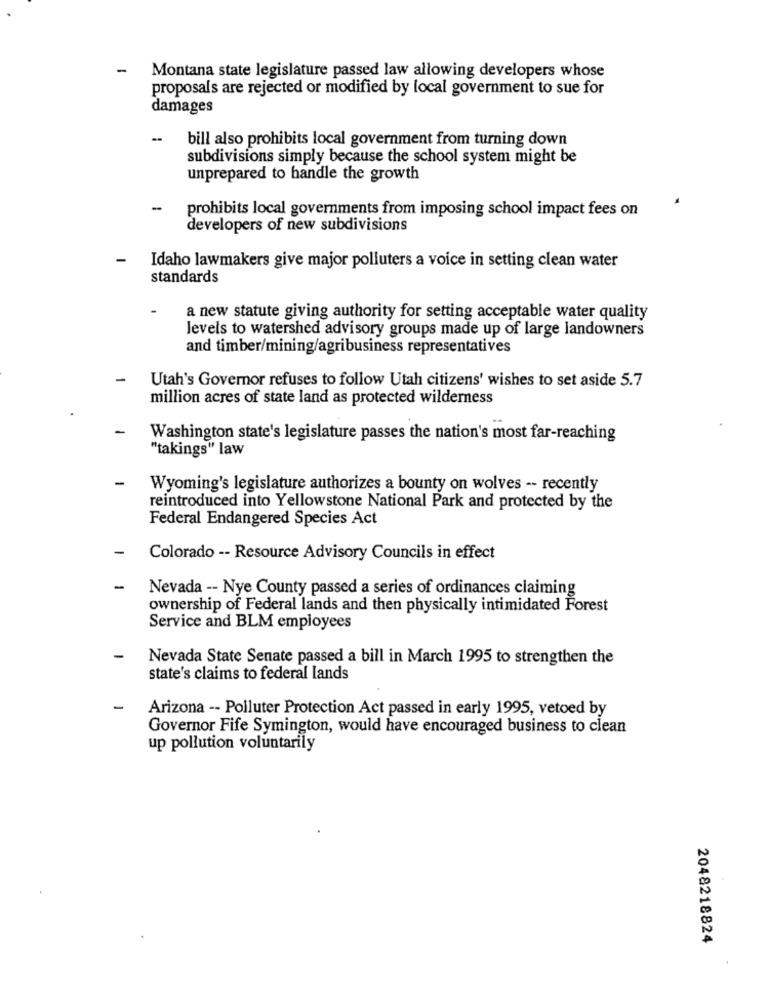
-
Montana state legislature passed law allowing developers whose
proposals are rejected or modified by local government to sue for
damages
bill also prohibits local government from turning down
subdivisions simply because the school system might be
unprepared to handle the growth
-
prohibits local governments from imposing school impact fees on
developers of new subdivisions
-
Idaho lawmakers give major polluters a voice in setting clean water
standards
-
a new statute giving authority for setting acceptable water quality
levels to watershed advisory groups made up of large landowners
and timber/mining/agribusiness representatives
Utah's Governor refuses to follow Utah citizens' wishes to set aside 5.7
million acres of state land as protected wilderness
Washington state's legislature passes the nation's most far-reaching
"takings" law
-
Wyoming's legislature authorizes a bounty on wolves -- recently
reintroduced into Yellowstone National Park and protected by the
Federal Endangered Species Act
Colorado -- Resource Advisory Councils in effect
-
Nevada -- Nye County passed a series of ordinances claiming
ownership of Federal lands and then physically intimidated Forest
Service and BLM employees
Nevada State Senate passed a bill in March 1995 to strengthen the
state's claims to federal lands
-
Arizona -- Polluter Protection Act passed in early 1995, vetoed by
Governor Fife Symington, would have encouraged business to clean
up pollution voluntarily
2048218824